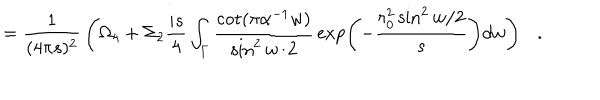
= { \frac { 1 } { ( 4 \pi s ) ^ { 2 } } } \left( \Omega _ { 4 } + \Sigma _ { 2 } { \frac { i s } { 4 } } \int _ { \Gamma } { \frac { \cot ( \pi \alpha ^ { - 1 } w ) } { \sin ^ { 2 } w / 2 } } \exp \left( - { \frac { r _ { 0 } ^ { 2 } \sin ^ { 2 } w / 2 } { s } } \right) d w \right) .